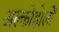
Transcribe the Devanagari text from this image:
अल्कोहोलों